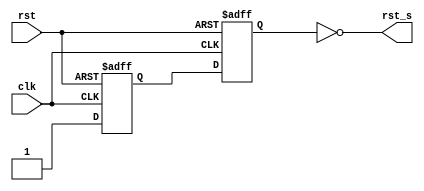
`timescale 1ns / 1ps

/***************************************************************************
 * Project: Project 01
 * Designer: Juan Saavedra
 * Rev. Date: February 4th
 *
 * Purpose: Implements two D flip-flops to generate an Asynchronous In 
 * Synchronous Out circuit. Takes an asynchronous reset as an input and 
 * outputs a synchronous reset (rst_s).
 *
 * 
 * Notes:  
***************************************************************************/

module aiso(
    input   clk     , 
            rst     ,
    output  rst_s
    );
    
    reg q1, q2;
    
    always @ (posedge clk, posedge rst)
        if (rst)
        begin
            q1 <= 1'b0  ;
            q2 <= 1'b0  ;
        end
        
        else
        begin
            q1 <= 1'b1  ;
            q2 <= q1    ;
        end
    
    assign rst_s = ~q2;
    
endmodule